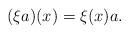
LaTeX: \begin{gather*}(\xi a)(x)=\xi(x)a.\end{gather*}